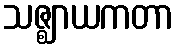
သဇ္ဈာယကတာ